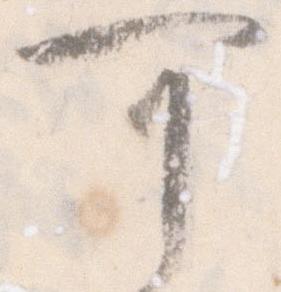
可